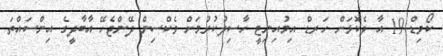
ކޯވިޑް-19 އާ ދެކޮޅަށް ހަރޑް އިމުއިނިޓީ ހާސިލުކުރުމަށް ވެކްސިން ދޭންޖެހޭ އާބާދީގެ އިންސައްތަ